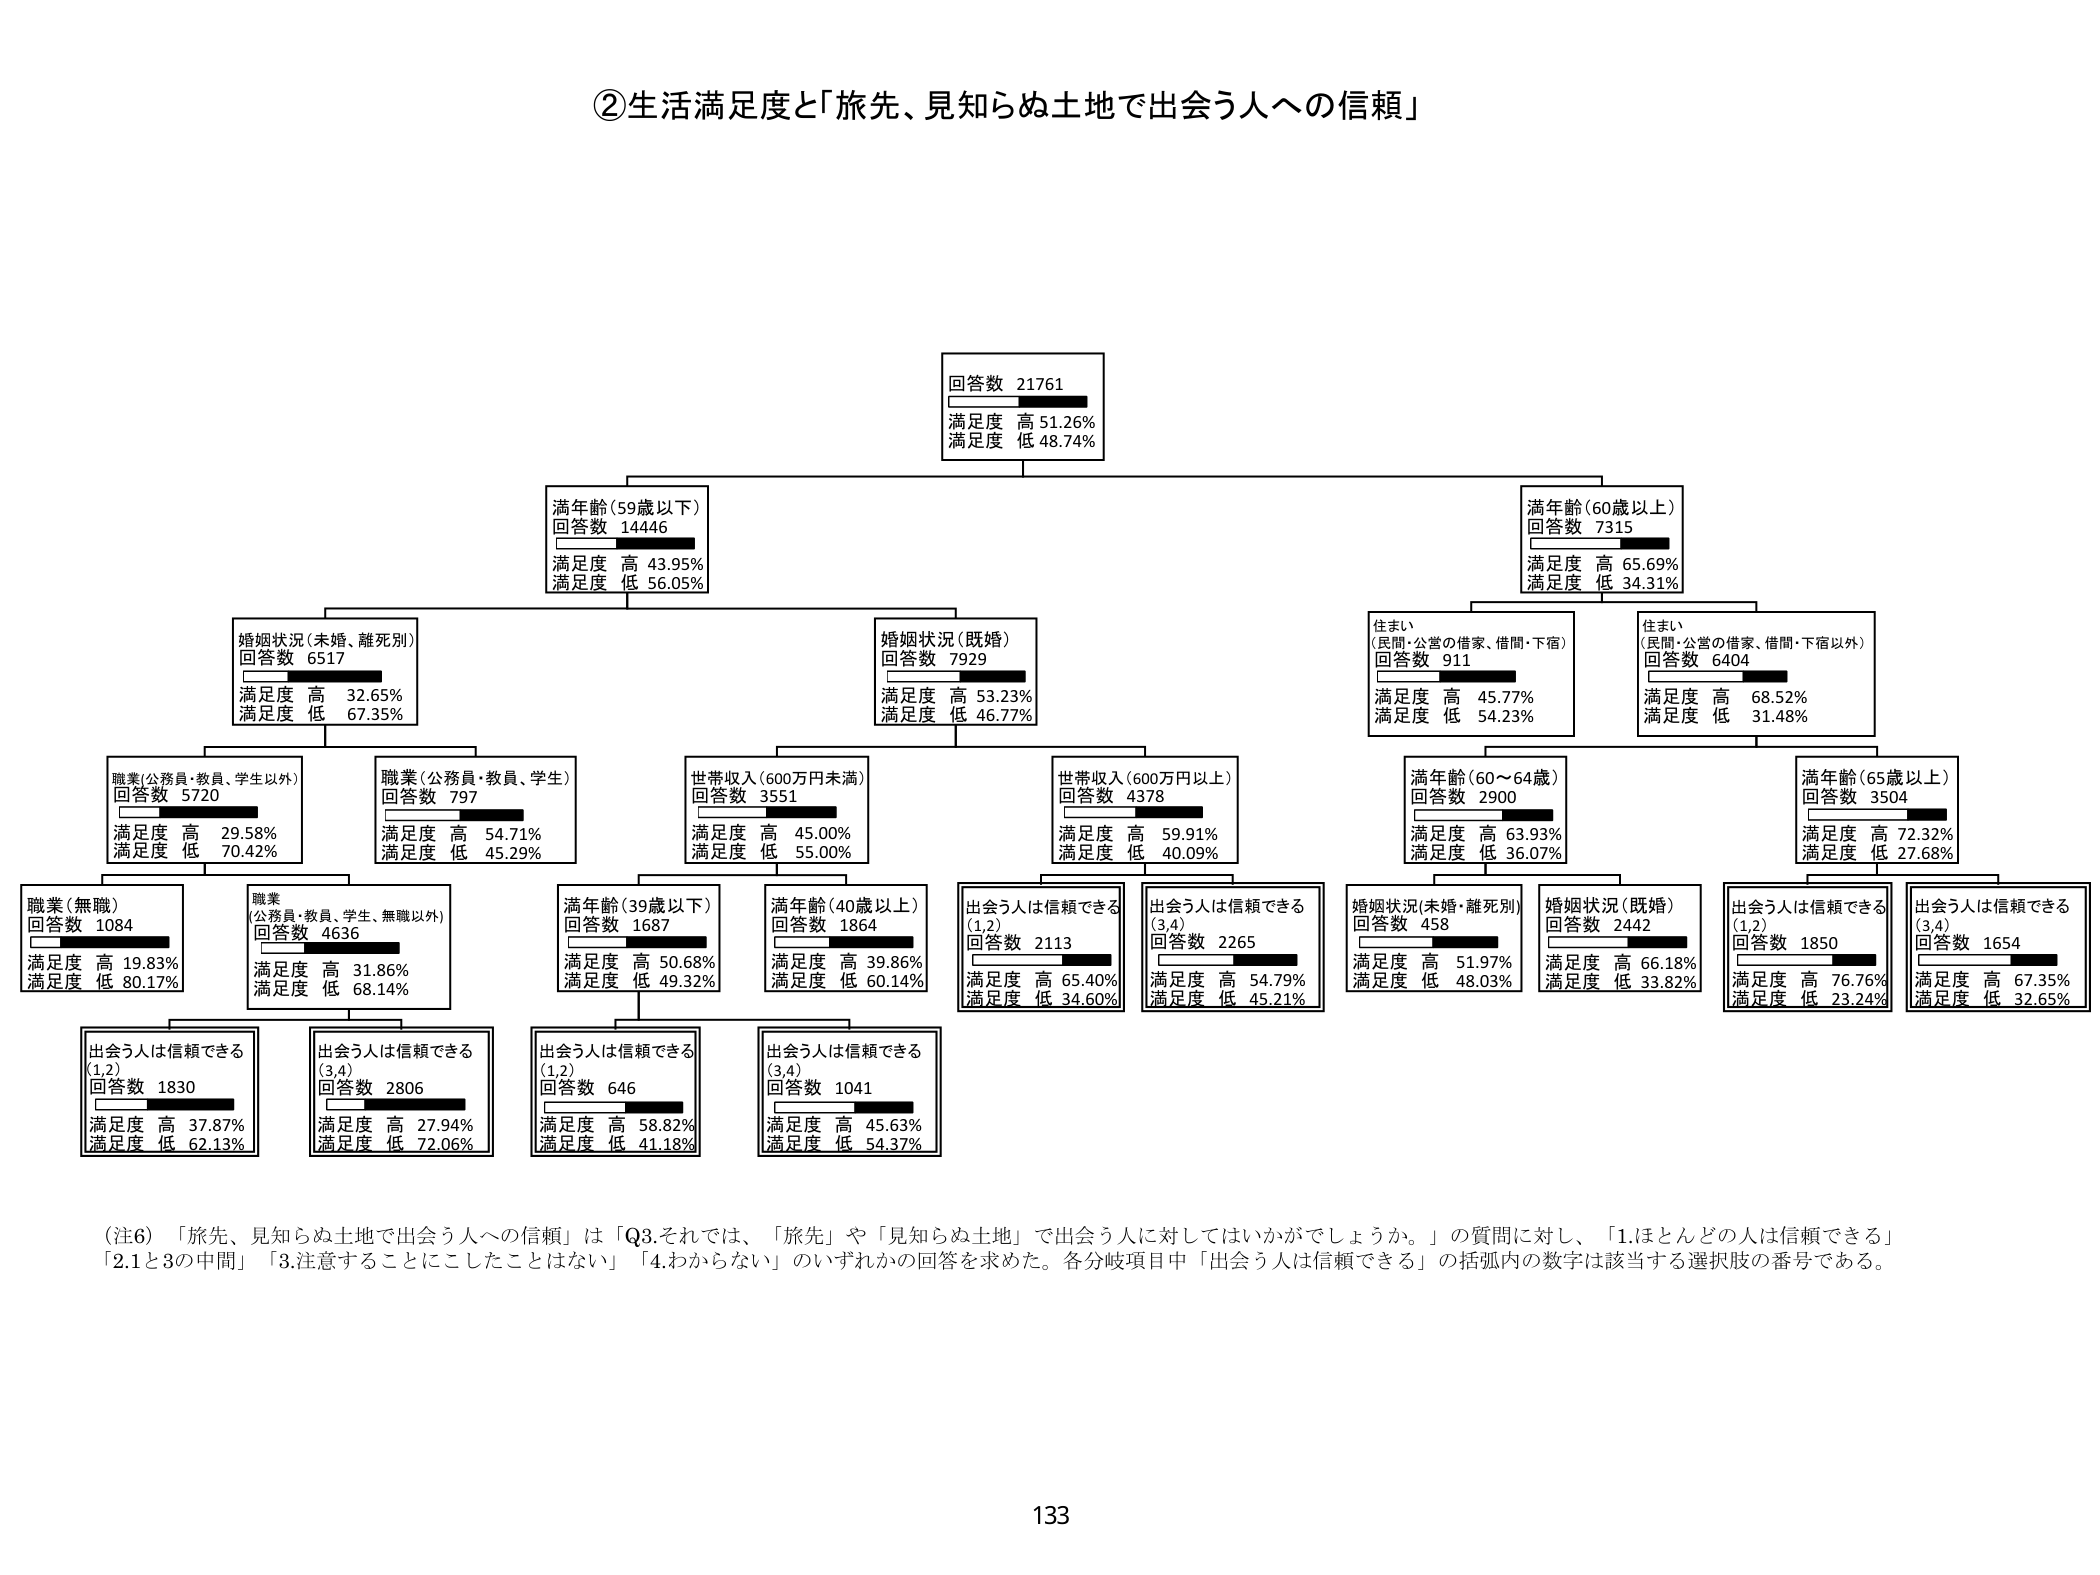
②生活満足度と「旅先、見知らぬ土地で出会う人への信頼」

回答数 21761
満足度 高 51.26%
満足度 低 48.74%

満年齢（59歳以下）
回答数 14446
満足度 高 43.95%
満足度 低 56.05%

満年齢（60歳以上）
回答数 7315
満足度 高 65.69%
満足度 低 34.31%

婚姻状況（未婚、離死別）
回答数 6517
満足度 高 32.65%
満足度 低 67.35%

婚姻状況（既婚）
回答数 7929
満足度 高 53.23%
満足度 低 46.77%

住まい
（民間・公営の借家、借間・下宿）
回答数 911
満足度 高 45.77%
満足度 低 54.23%

住まい
（民間・公営の借家、借間・下宿以外）
回答数 6404
満足度 高 68.52%
満足度 低 31.48%

職業（公務員・教員、学生以外）
回答数 5720
満足度 高 29.58%
満足度 低 70.42%

職業（公務員・教員、学生）
回答数 797
満足度 高 54.71%
満足度 低 45.29%

世帯収入（600万円未満）
回答数 3551
満足度 高 45.00%
満足度 低 55.00%

世帯収入（600万円以上）
回答数 4378
満足度 高 59.91%
満足度 低 40.09%

満年齢（60～64歳）
回答数 2900
満足度 高 63.93%
満足度 低 36.07%

満年齢（65歳以上）
回答数 3504
満足度 高 72.32%
満足度 低 27.68%

職業（無職）
回答数 1084
満足度 高 19.83%
満足度 低 80.17%

職業
（公務員・教員、学生、無職以外）
回答数 4636
満足度 高 31.86%
満足度 低 68.14%

満年齢（39歳以下）
回答数 1687
満足度 高 50.68%
満足度 低 49.32%

満年齢（40歳以上）
回答数 1864
満足度 高 39.86%
満足度 低 60.14%

出会う人は信頼できる
（1,2）
回答数 2113
満足度 高 65.40%
満足度 低 34.60%

出会う人は信頼できる
（3,4）
回答数 2265
満足度 高 54.79%
満足度 低 45.21%

婚姻状況（未婚・離死別）
回答数 458
満足度 高 51.97%
満足度 低 48.03%

婚姻状況（既婚）
回答数 2442
満足度 高 66.18%
満足度 低 33.82%

出会う人は信頼できる
（1,2）
回答数 1850
満足度 高 76.76%
満足度 低 23.24%

出会う人は信頼できる
（3,4）
回答数 1654
満足度 高 67.35%
満足度 低 32.65%

出会う人は信頼できる
（1,2）
回答数 1830
満足度 高 37.87%
満足度 低 62.13%

出会う人は信頼できる
（3,4）
回答数 2806
満足度 高 27.94%
満足度 低 72.06%

出会う人は信頼できる
（1,2）
回答数 646
満足度 高 58.82%
満足度 低 41.18%

出会う人は信頼できる
（3,4）
回答数 1041
満足度 高 45.63%
満足度 低 54.37%

（注6）「旅先、見知らぬ土地で出会う人への信頼」は「Q3.それでは、「旅先」や「見知らぬ土地」で出会う人に対してはいかがでしょうか。」の質問に対し、「1.ほとんどの人は信頼できる」「2.1と3の中間」「3.注意することにこしたことはない」「4.わからない」のいずれかの回答を求めた。各分岐項目中「出会う人は信頼できる」の括弧内の数字は該当する選択肢の番号である。

133